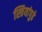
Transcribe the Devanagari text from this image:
स्त्रियांपुढे